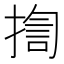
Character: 揈